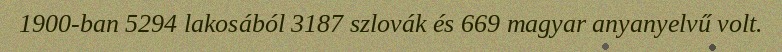
1900-ban 5294 lakosából 3187 szlovák és 669 magyar anyanyelvű volt.